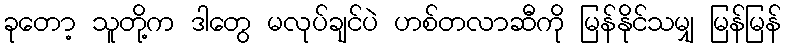
ခုတော့ သူတို့က ဒါတွေ မလုပ်ချင်ပဲ ဟစ်တလာဆီကို မြန်နိုင်သမျှ မြန်မြန်